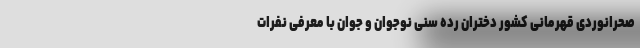
صحرانوردی قهرمانی کشور دختران رده سنی نوجوان و جوان با معرفی نفرات